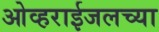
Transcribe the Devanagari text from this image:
ओव्हराईजलच्या